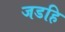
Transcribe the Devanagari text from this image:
जडहि